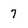
Character: 7